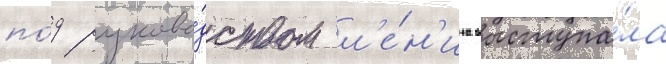
по́д руково́дством л'е́н'ина выступа́ла